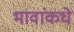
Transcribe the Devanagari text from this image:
भावांकधे